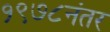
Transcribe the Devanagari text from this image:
१९७८नंतर